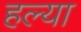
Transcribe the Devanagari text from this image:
हल्या